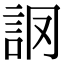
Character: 𧦘